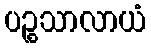
ပဉ္စသာလာယံ